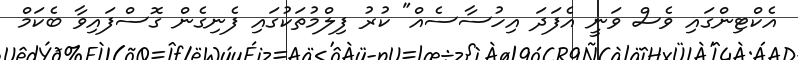
އެކްޓިންގައި ވެސް ވަނީ އެފަދަ އިހުސާސެއް" ކުރު ފިލްމުތަކުގައި ފެނިގެން ގޮސްފައިވާ ބެކަމް